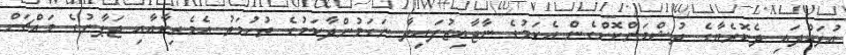
އުފައްދައި ދެކޮރެޔާގެ ދުޝްމަންކޮށްގެން އެކަމުގެ ނާޖާއިޒުފައިދާ ނަގަމުންދާކަމުގެ ތުހުމަތު އެމެރިކާއާއި ޖަޕާނުގެ މައްޗަށް